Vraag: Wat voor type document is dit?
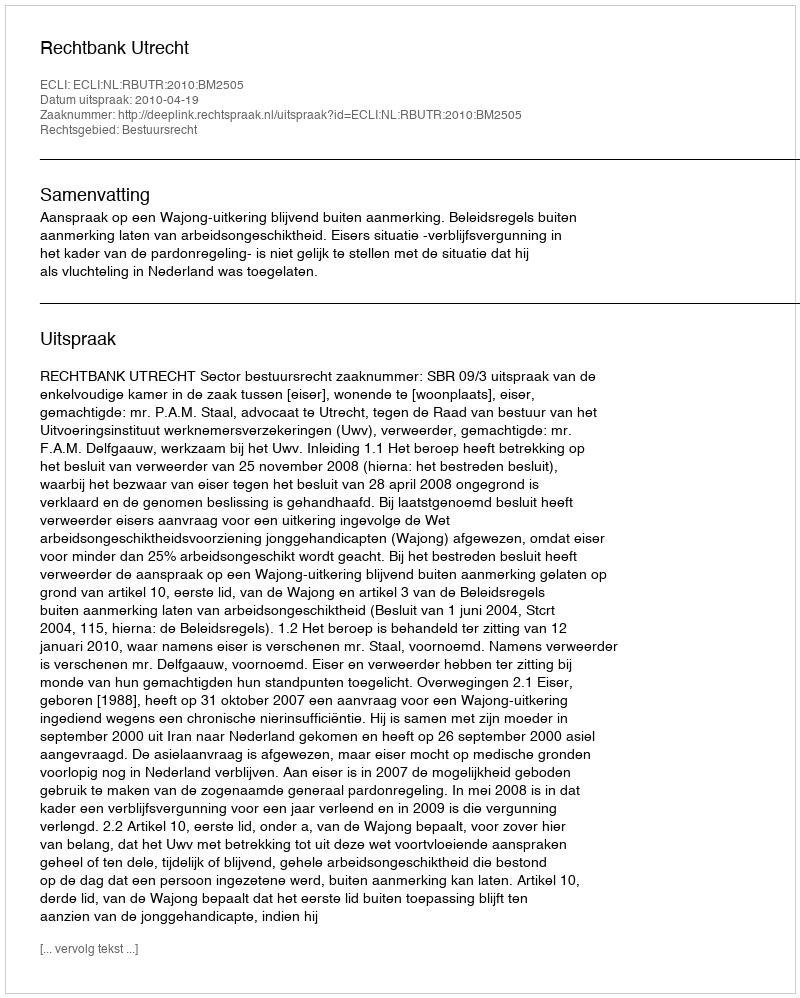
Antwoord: Uitspraak